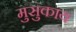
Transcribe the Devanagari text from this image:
मुसुकाय